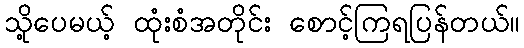
သို့ပေမယ့် ထုံးစံအတိုင်း စောင့်ကြရပြန်တယ်။